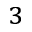
^ 3